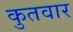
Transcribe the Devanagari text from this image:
कुतवार